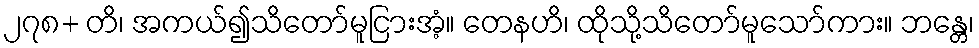
၂၇၈+ တိ၊ အကယ်၍သိတော်မူငြားအံ့။ တေနဟိ၊ ထိုသို့သိတော်မူသော်ကား။ ဘန္တေ၊